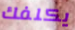
يكلفك